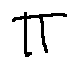
\pi